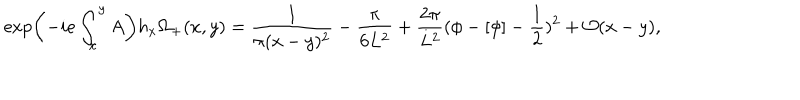
\exp \left( - i e \int _ { x } ^ { y } A \right) h _ { x } \Omega _ { + } ( x , y ) = \frac { 1 } { \pi ( x - y ) ^ { 2 } } - \frac { \pi } { 6 L ^ { 2 } } + \frac { 2 \pi } { L ^ { 2 } } ( \phi - [ \phi ] - \frac { 1 } { 2 } ) ^ { 2 } + { \cal O } ( x - y ) ,